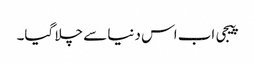
پیجی اب اس دنیا سے چلا گیا۔